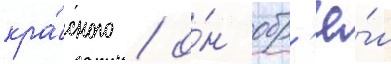
кра́сного / о́н обр'ё́л